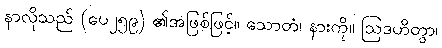
နာလိုသည် (ပေ၂၅၉) ၏အဖြစ်ဖြင့်။ သောတံ၊ နားကို။ ဩဒဟိတွာ၊